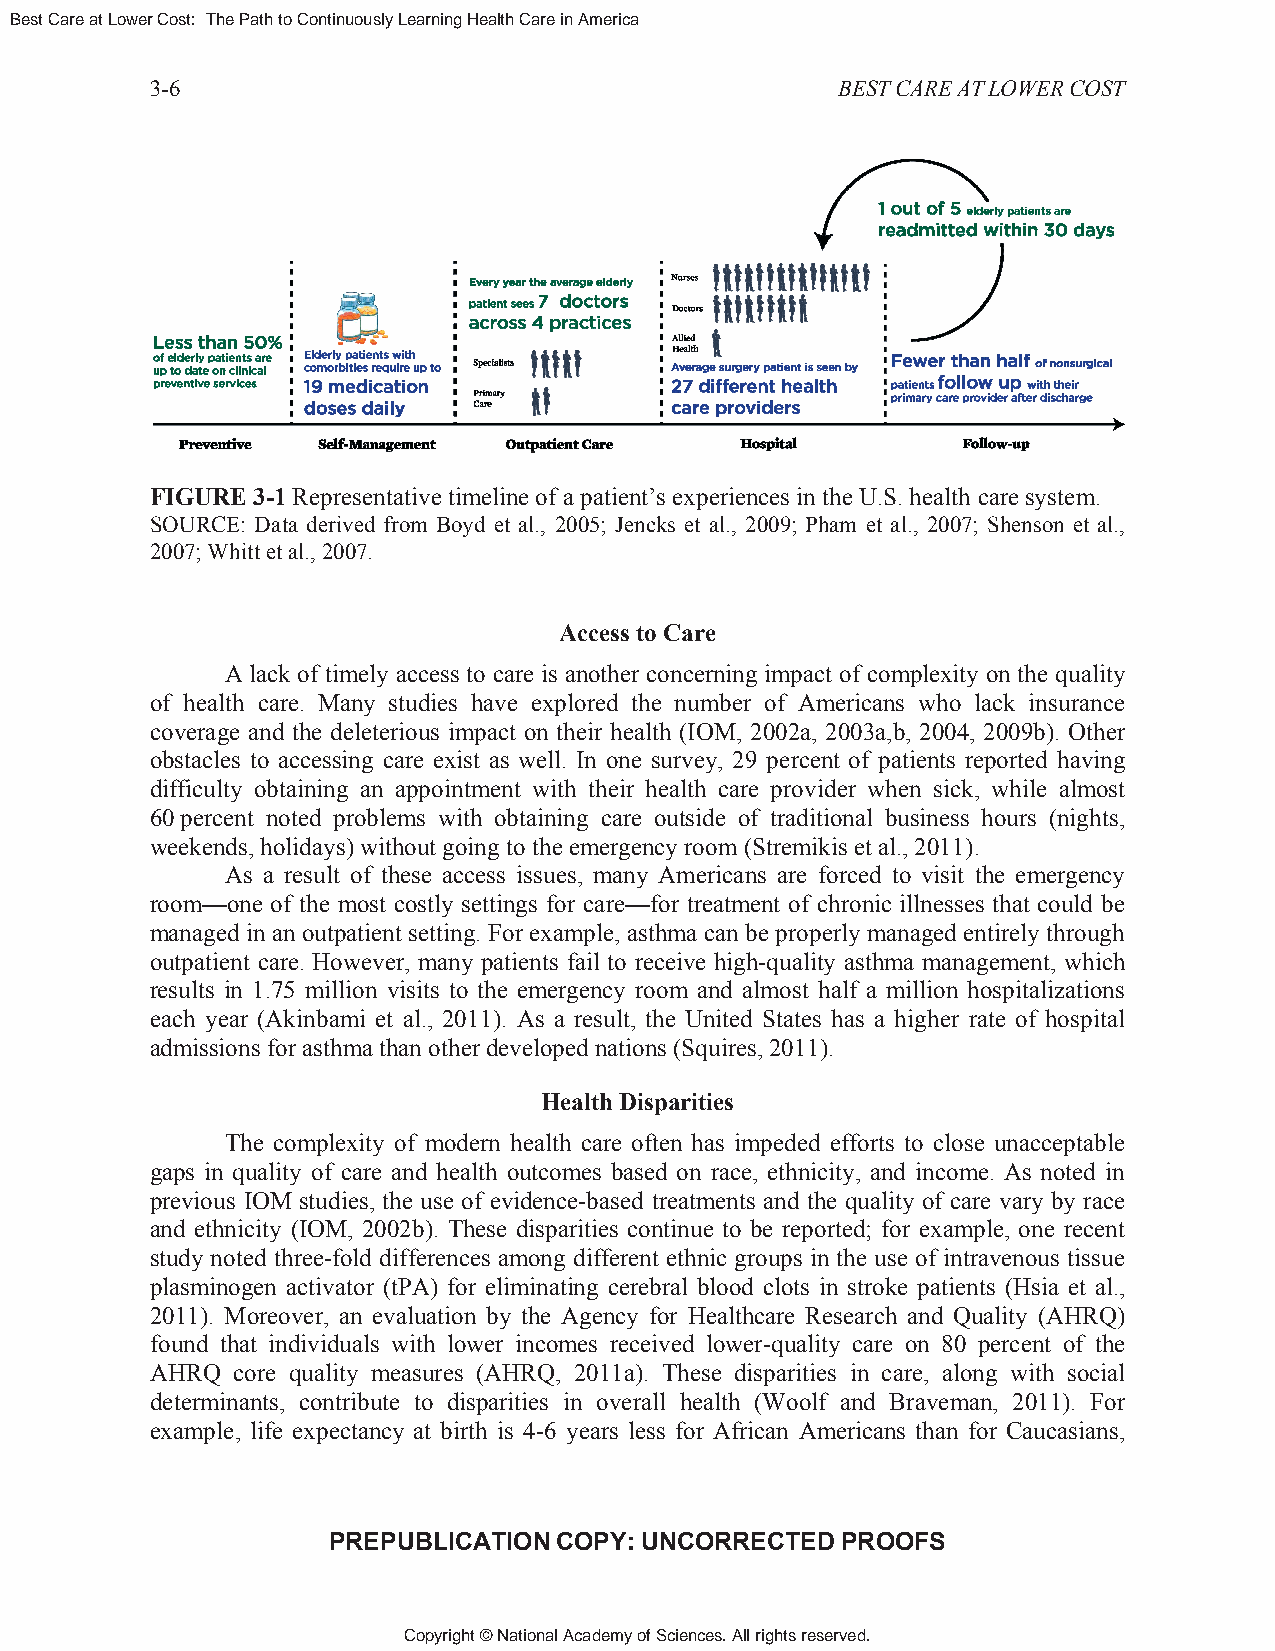
Best Care at Lower Cost: The Path to Continuously Learning Health Care in America
 3-6                                          BEST CARE AT LOWER COST
 FIGURE 3-1 Representative timeline of a patient’s experiences in the U.S. health care system.
 SOURCE: Data derived from Boyd et al., 2005; Jencks et al., 2009; Pham et al., 2007; Shenson et al.,
 2007; Whitt et al., 2007.
 Access to Care
 A lack of timely access to care is another concerning impact of complexity on the quality
 of health care. Many studies have explored the number of Americans who lack insurance
 coverage and the deleterious impact on their health (IOM, 2002a, 2003a,b, 2004, 2009b). Other
 obstacles to accessing care exist as well. In one survey, 29 percent of patients reported having
 difficulty obtaining an appointment with their health care provider when sick, while almost
 60 percent noted problems with obtaining care outside of traditional business hours (nights,
 weekends, holidays) without going to the emergency room (Stremikis et al., 2011).
 As a result of these access issues, many Americans are forced to visit the emergency
 room—one of the most costly settings for care—for treatment of chronic illnesses that could be
 managed in an outpatient setting. For example, asthma can be properly managed entirely through
 outpatient care. However, many patients fail to receive high-quality asthma management, which
 results in 1.75 million visits to the emergency room and almost half a million hospitalizations
 each year (Akinbami et al., 2011). As a result, the United States has a higher rate of hospital
 admissions for asthma than other developed nations (Squires, 2011).
 Health Disparities
 The complexity of modern health care often has impeded efforts to close unacceptable
 gaps in quality of care and health outcomes based on race, ethnicity, and income. As noted in
 previous IOM studies, the use of evidence-based treatments and the quality of care vary by race
 and ethnicity (IOM, 2002b). These disparities continue to be reported; for example, one recent
 study noted three-fold differences among different ethnic groups in the use of intravenous tissue
 plasminogen activator (tPA) for eliminating cerebral blood clots in stroke patients (Hsia et al.,
 2011). Moreover, an evaluation by the Agency for Healthcare Research and Quality (AHRQ)
 found that individuals with lower incomes received lower-quality care on 80 percent of the
 AHRQ core quality measures (AHRQ, 2011a). These disparities in care, along with social
 determinants, contribute to disparities in overall health (Woolf and Braveman, 2011). For
 example, life expectancy at birth is 4-6 years less for African Americans than for Caucasians,
 PREPUBLICATION COPY: UNCORRECTED  PROOFS
 Copyright © National Academy of Sciences. All rights reserved.